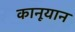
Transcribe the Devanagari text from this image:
कानूयान